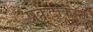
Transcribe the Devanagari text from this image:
प्रकटीकरन